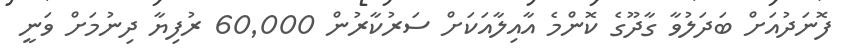
ފޮނަދުއަށް ބަދަލުވާ ގާދޫގެ ކޮންމެ އާއިލާއަކަށް ސަރުކާރުން 60